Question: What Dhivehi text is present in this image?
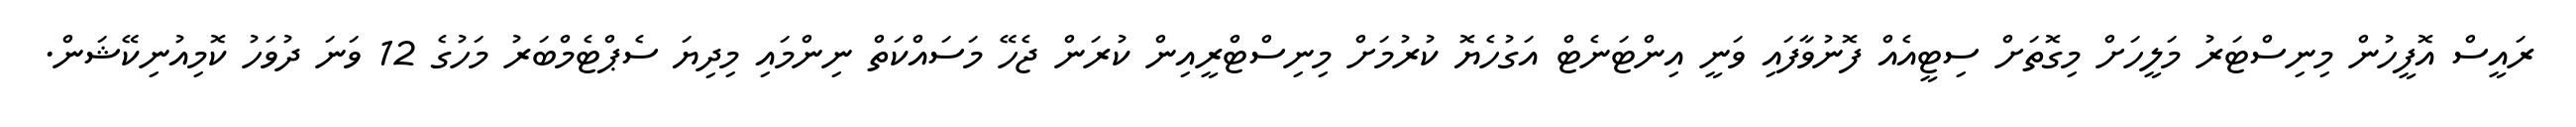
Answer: ރައީސް އޮފީހުން މިނިސްޓަރު މަލީހަށް މިގޮތަށް ސިޓީއެއް ފޮނުވާފައި ވަނީ އިންޓަނެޓް އަގުހެޔޮ ކުރުމަށް މިނިސްޓްރީއިން ކުރަން ޖެހޭ މަސައްކަތް ނިންމައި މިދިޔަ ސެޕްޓެމްބަރު މަހުގެ 12 ވަނަ ދުވަހު ކޮމިއުނިކޭޝަން.